Lunatic asylums United Prov. 1922-30 - 1922-1930
Year: 1922
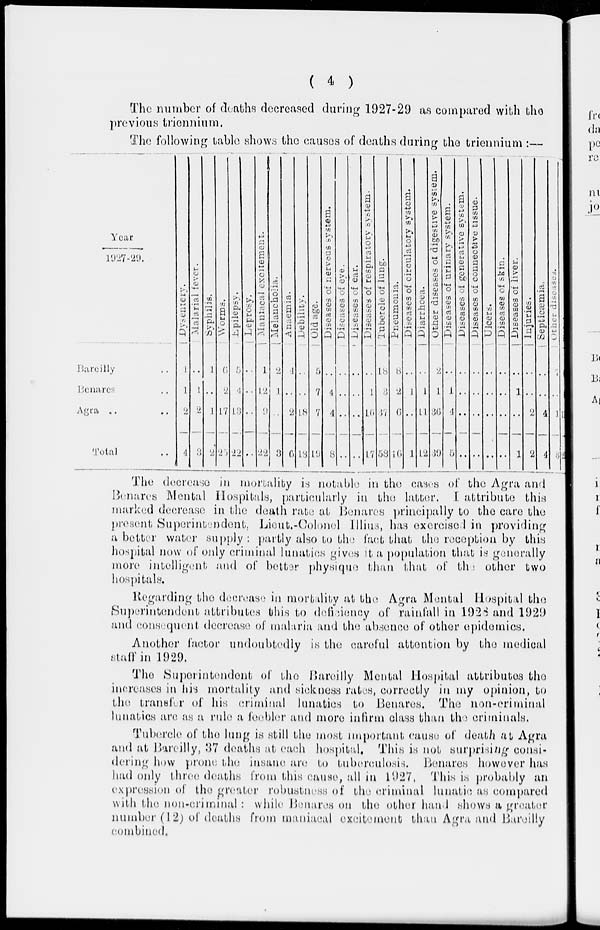
( 4 )
The number of deaths decreased during 1927-29 as compared with the
previous triennium.
The following table shows the causes of deaths during the triennium :—
Year/1927-29.
Bareilly ..
Benares ..
Agra .. ..
Total ..
Dysentery.
1
1
2
4
Malarial fever.
..
1
2
3
Syphilis.
1
..
1
2
Worms.
6
2
17
25
Epilepsy.
5
4
13
22
Leprosy.
..
..
..
..
Maniacal excitement.
1
12
9
22
Melancholia.
2
1
..
3
Anaemia.
4
..
2
6
Debility.
..
..
18
18
Old age.
5
7
7
19
Diseases of nervous system.
..
4
4
8
Diseases of eye.
..
..
..
..
Diseases of ear.
..
..
..
..
Diseases of respiratory system.
..
1
16
17
Tubercle of lung.
18
3
37
58
Pneumonia.
8
2
6
18
Diseases of circulatory system.
..
1
..
1
Diarrhoea.
..
1
11
12
Other
diseases of digestive system.
2
1
36
39
Diseases of urinary system.
..
1
4
5
Diseases of generative system.
..
..
..
..
Diseases of connective tissue.
..
..
..
..
Ulcers.
..
..
..
..
Diseases of skin.
..
..
..
..
Diseases of liver.
..
1
..
1
Injuries.
..
..
2
2
Septicæmia.
..
..
4
4
Other di seases.
7
..
1
8
Total.
6
4
19
29
The decrease in mortality is notable in the cases of the Agra and
Benares Mental Hospitals, particularly in the latter. I attribute this
marked decrease in the death rate at Benares principally to the care the
present Superintendent. Lieut-Colonel Illius, has exercised in providing
a better water supply : partly also to the fact that the reception by this
hospital now of only criminal lunatics gives it a population that is generally
more intelligent and of better physique than that of the other two
hospitals.
Regarding the decrease in mortality at the Agra Mental Hospital the
Superintendent attributes this to deficiency of rainfall in 1928 and 1929
and consequent decrease of malaria and the absence of other epidemics.
Another factor undoubtedly is the careful attention by the medical
staff in 1929.
The Superintendent of the Bareilly Mental Hospital attributes the
increases in his mortality and sickness rates, correctly in my opinion, to
the transfer of his criminal lunatics to Benares. The non-criminal
lunatics are as a rule a feebler and more infirm class than the criminals.
Tubercle of the lung is still the most important cause of death at Agra
and at Bareilly, 37 deaths at each hospital. This is not surprising consi-
dering how prone the insane are to tuberculosis. Benares however has
had only three deaths from this cause, all in 1927, This is probably an
expression of the greater robustness of the criminal lunatic as compared
with the non-criminal : while Benares on the other hand shows a greater
number (12) of deaths from maniacal excitement than Agra and Bareilly
combined.